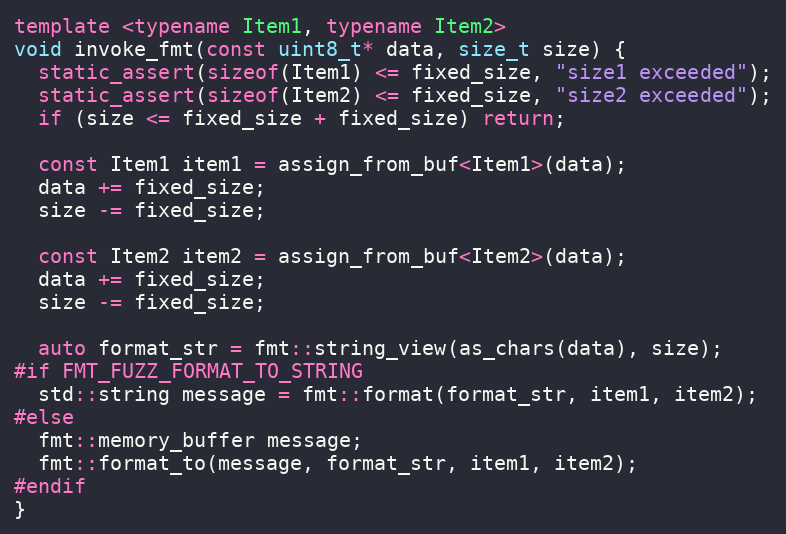
Language: C++
template <typename Item1, typename Item2>
void invoke_fmt(const uint8_t* data, size_t size) {
  static_assert(sizeof(Item1) <= fixed_size, "size1 exceeded");
  static_assert(sizeof(Item2) <= fixed_size, "size2 exceeded");
  if (size <= fixed_size + fixed_size) return;

  const Item1 item1 = assign_from_buf<Item1>(data);
  data += fixed_size;
  size -= fixed_size;

  const Item2 item2 = assign_from_buf<Item2>(data);
  data += fixed_size;
  size -= fixed_size;

  auto format_str = fmt::string_view(as_chars(data), size);
#if FMT_FUZZ_FORMAT_TO_STRING
  std::string message = fmt::format(format_str, item1, item2);
#else
  fmt::memory_buffer message;
  fmt::format_to(message, format_str, item1, item2);
#endif
}